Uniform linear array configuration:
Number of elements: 12
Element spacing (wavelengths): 1
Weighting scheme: hamming
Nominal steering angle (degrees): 15
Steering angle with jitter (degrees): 15.274
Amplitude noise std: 0.05
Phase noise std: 0.05

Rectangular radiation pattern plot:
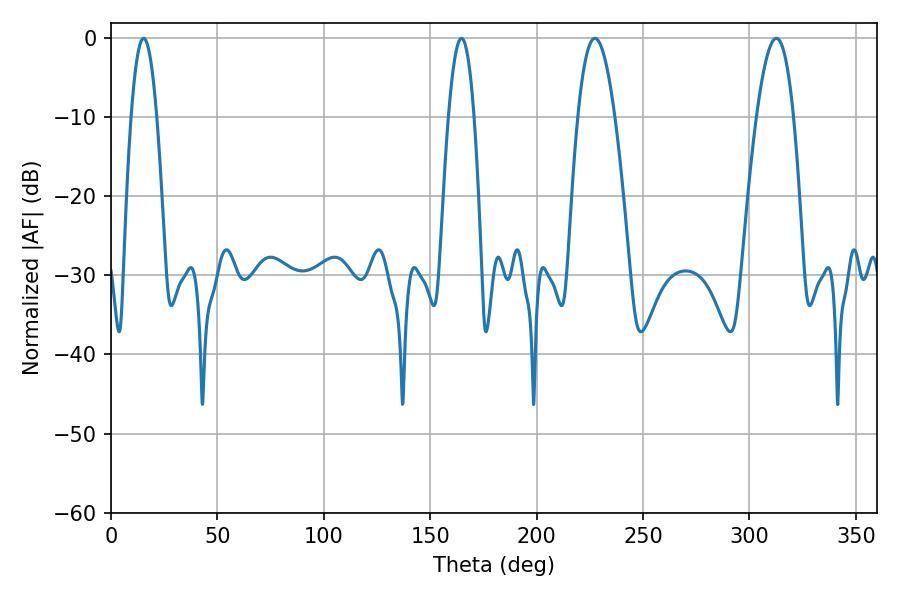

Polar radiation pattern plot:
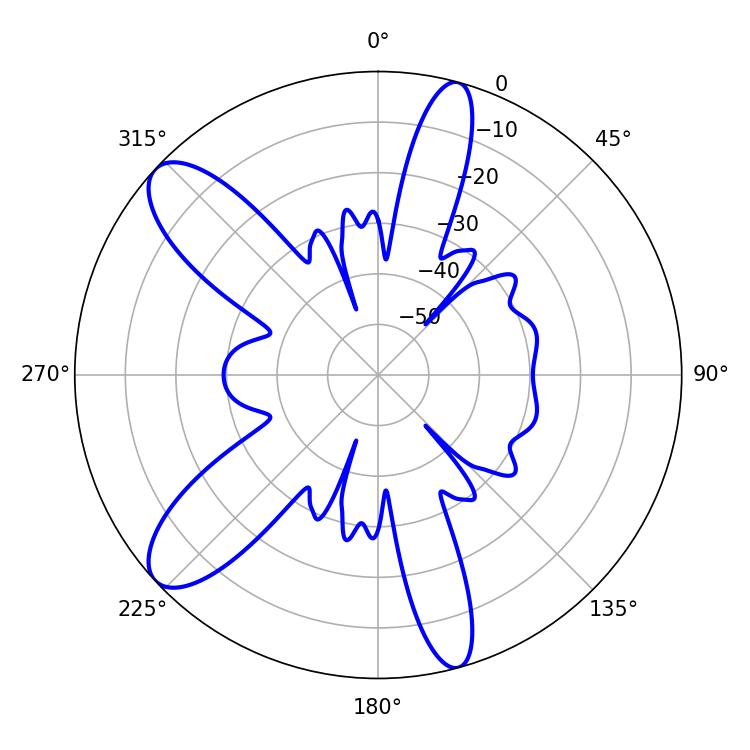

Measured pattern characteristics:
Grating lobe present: TRUE
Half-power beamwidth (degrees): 9.54
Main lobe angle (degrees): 312.66